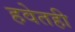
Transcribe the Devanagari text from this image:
हवेतही